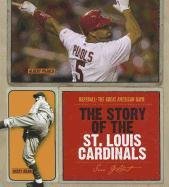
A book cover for The Story of the St. Louis Cardinals (Baseball: the Great American Game); Sara Gilbert; Teen & Young Adult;